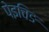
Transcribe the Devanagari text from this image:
पेइचिङ